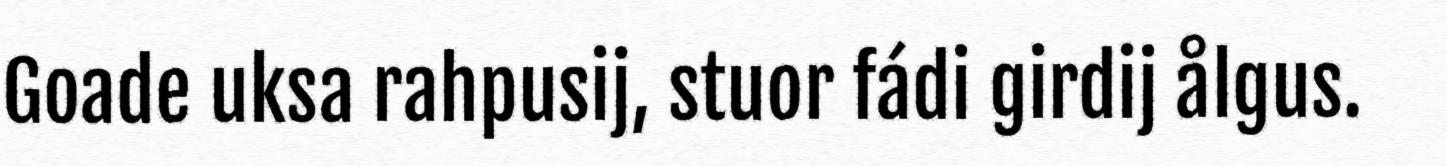
Goade uksa rahpusij, stuor fádi girdij ålgus.